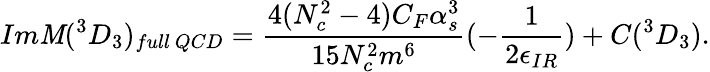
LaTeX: Im{\cal\mathit{M}}(^{3}D_{3})_{full~QCD}=\frac{{4(N_{c}^{2}-4)C_{F}\alpha_{s}^{3}}}{{15N_{c}^{2}m^{6}}}(-\frac{{1}}{{2\epsilon_{IR}}})+C(^{3}D_{3}).